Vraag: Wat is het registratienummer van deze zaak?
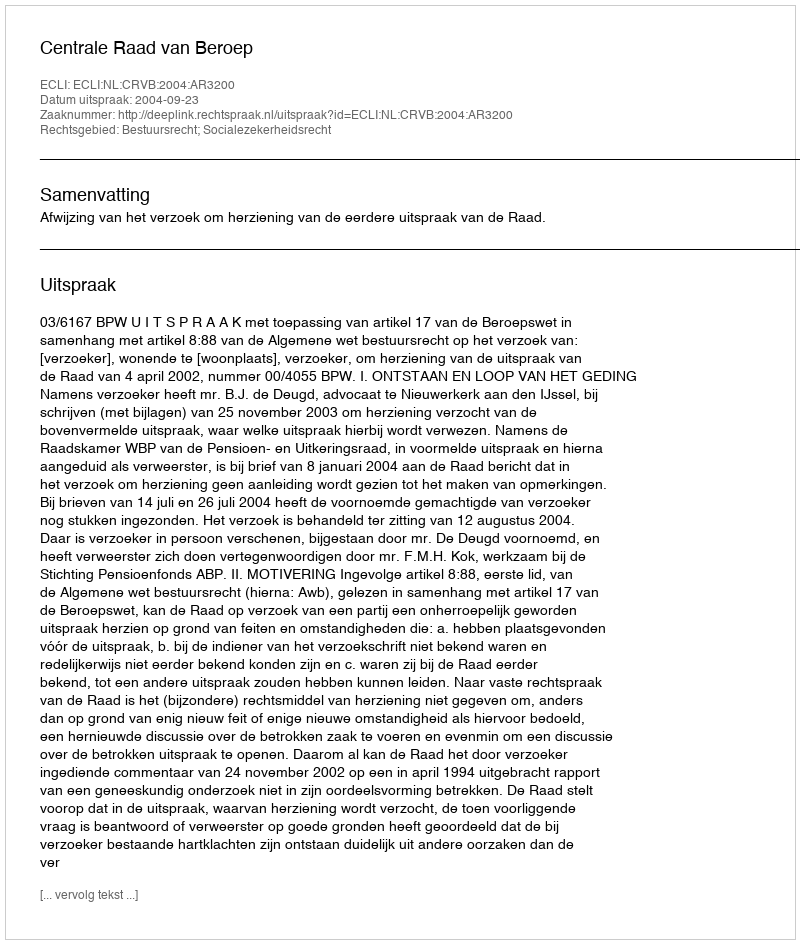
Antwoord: http://deeplink.rechtspraak.nl/uitspraak?id=ECLI:NL:CRVB:2004:AR3200